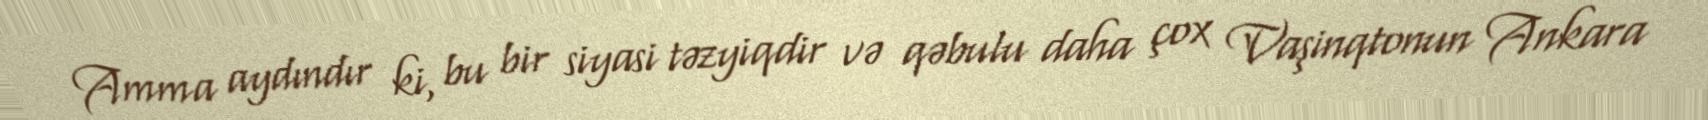
Amma aydındır ki, bu bir siyasi təzyiqdir və qəbulu daha çox Vaşinqtonun Ankara